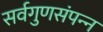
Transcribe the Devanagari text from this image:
सर्वगुणसंपन्‍न